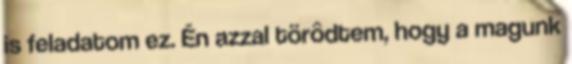
is feladatom ez. Én azzal törôdtem, hogy a magunk